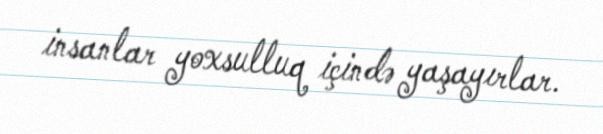
insanlar yoxsulluq içində yaşayırlar.